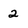
Character: 2